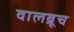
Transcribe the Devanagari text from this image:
वालब्रूच